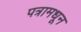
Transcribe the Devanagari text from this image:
पत्रामधून